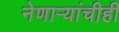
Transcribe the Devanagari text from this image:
नेणाऱ्यांचीही